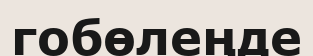
гобөлеңде